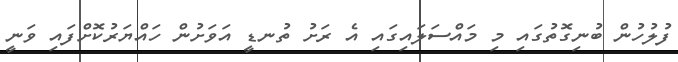
ފުލުހުން ބުނިގޮތުގައި މި މައްސަލައިގައި އެ ރަށު ތުނޑީ އަވަށުން ހައްޔަރުކޮށްފައި ވަނީ